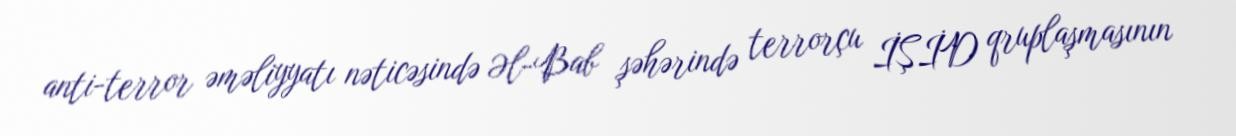
anti-terror əməliyyatı nəticəsində Əl-Bab şəhərində terrorçu İŞİD qruplaşmasının